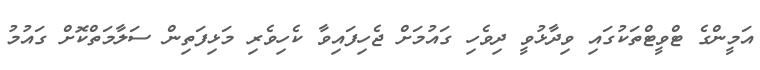
އަމީންގެ ޓްވީޓްތަކުގައި ވިދާޅުވީ ދިވެހި ގައުމަށް ޖެހިފައިވާ ކެހިވެރި މަޅިފަތިން ސަލާމަތްކޮށް ގައުމު